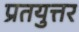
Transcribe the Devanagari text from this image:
प्रतयुत्तर